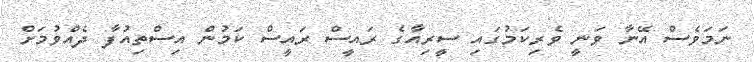
ނަމަވެސް އޭނާ ވަނީ ވެރިކަމުގައި ސީރިއާގެ ރައީސް ރައީސް ކަމުން އިސްތިއުފާ ދެއްވުމަށް